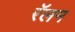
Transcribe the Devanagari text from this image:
रॅलम